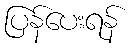
ပြန်ပေးရန်